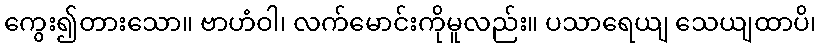
ကွေး၍တားသော။ ဗာဟံဝါ၊ လက်မောင်းကိုမူလည်း။ ပသာရေယျ သေယျထာပိ၊